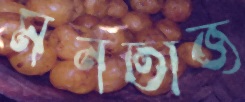
মনতাজ